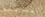
المريعة